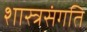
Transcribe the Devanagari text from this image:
शास्त्रसंगति